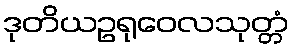
ဒုတိယဥရုဝေလသုတ္တံ